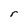
Character: r